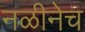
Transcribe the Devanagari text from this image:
नळीनेच